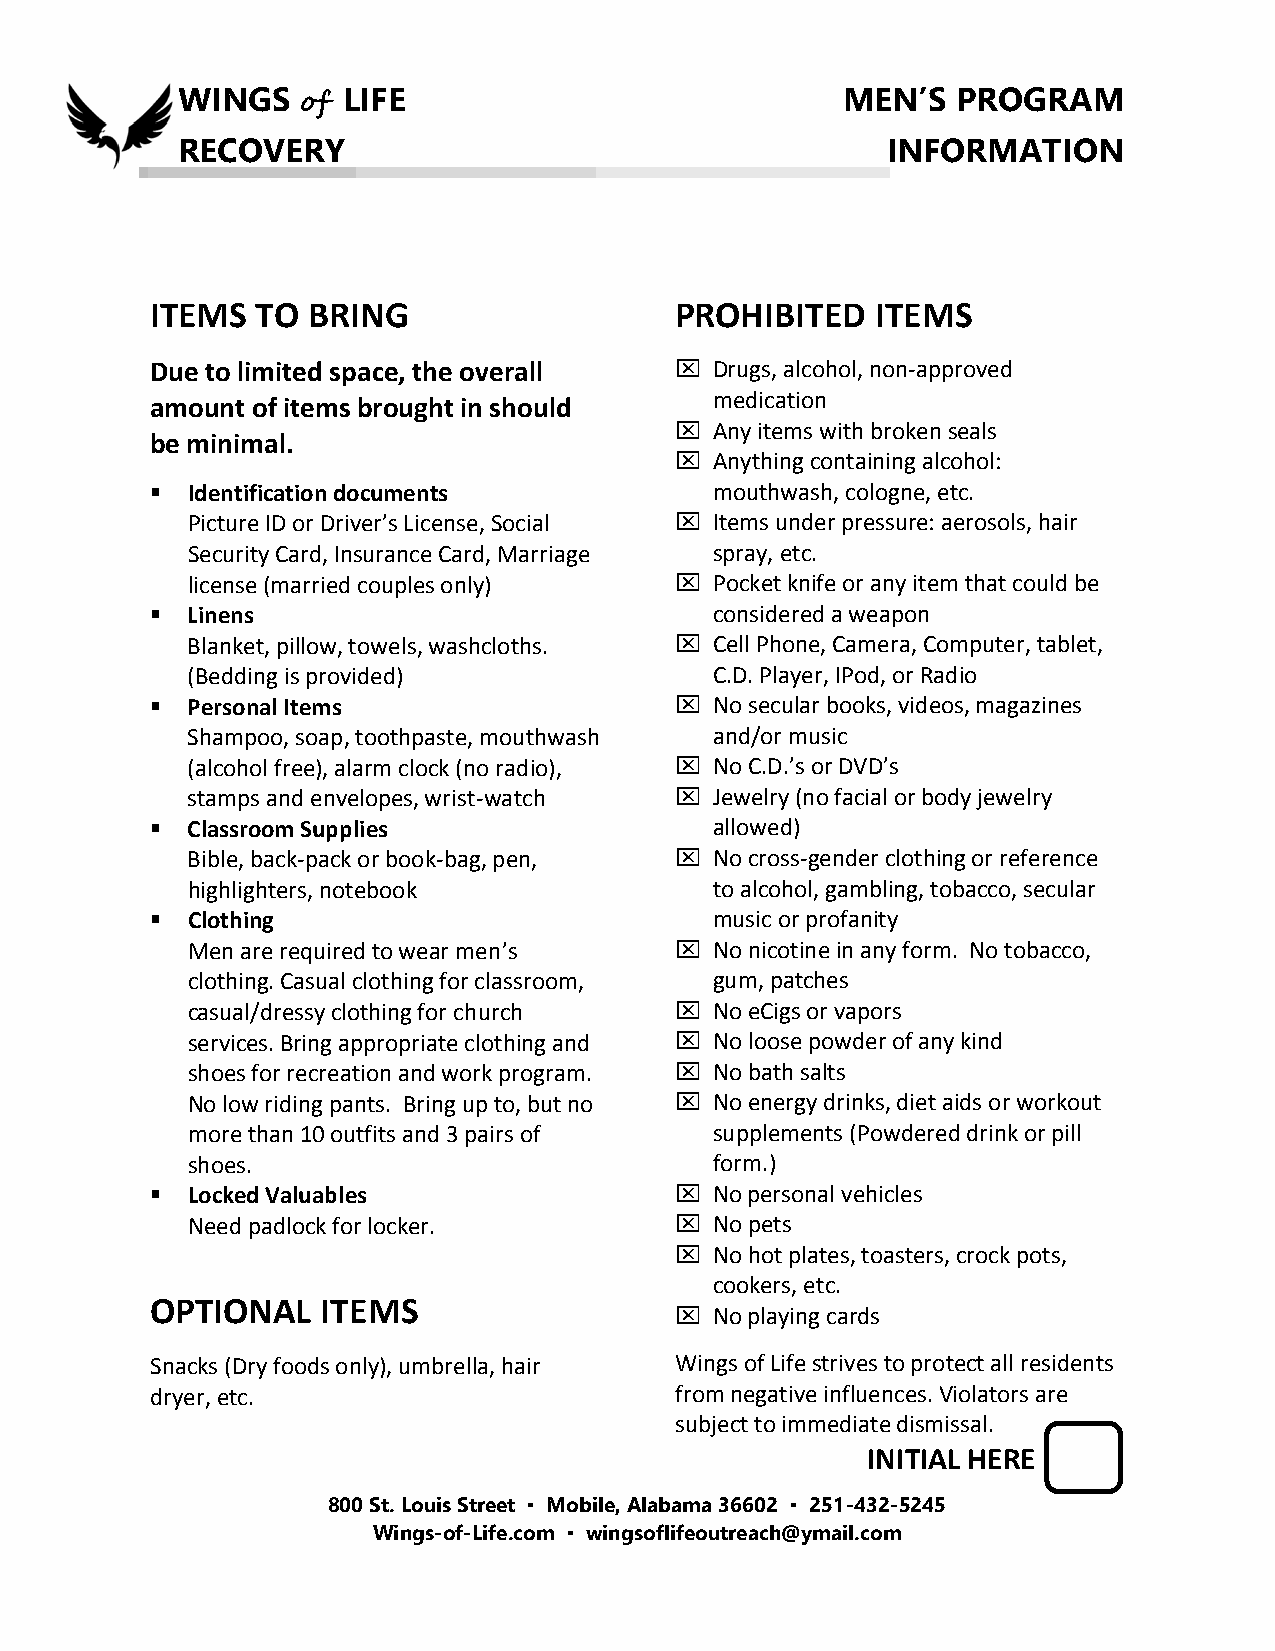
WINGS   of LIFE                             MEN’S  PROGRAM
 RECOVERY                                       INFORMATION
 ITEMS  TO BRING                    PROHIBITED   ITEMS
 Due to limited space, the overall   Drugs, alcohol, non-approved
 medication
 amount of items brought in should
  Any items with broken seals
 be minimal.
  Anything containing alcohol:
  Identification documents           mouthwash, cologne, etc.
 Picture ID or Driver’s License, Social  Items under pressure: aerosols, hair
 Security Card, Insurance Card, Marriage spray, etc.
 license (married couples only)    Pocket knife or any item that could be
  Linens                             considered a weapon
 Blanket, pillow, towels, washcloths.  Cell Phone, Camera, Computer, tablet,
 (Bedding is provided)              C.D. Player, IPod, or Radio
  Personal Items                    No secular books, videos, magazines
 Shampoo, soap, toothpaste, mouthwash and/or music
 (alcohol free), alarm clock (no radio),  No C.D.’s or DVD’s
 stamps and envelopes, wrist-watch  Jewelry (no facial or body jewelry
  Classroom Supplies                 allowed)
 Bible, back-pack or book-bag, pen,  No cross-gender clothing or reference
 highlighters, notebook             to alcohol, gambling, tobacco, secular
  Clothing                           music or profanity
 Men are required to wear men’s    No nicotine in any form. No tobacco,
 clothing. Casual clothing for classroom, gum, patches
 casual/dressy clothing for church  No eCigs or vapors
 services. Bring appropriate clothing and  No loose powder of any kind
 shoes for recreation and work program.  No bath salts
 No low riding pants. Bring up to, but no  No energy drinks, diet aids or workout
 more than 10 outfits and 3 pairs of supplements (Powdered drink or pill
 shoes.                             form.)
  Locked Valuables                  No personal vehicles
 Need padlock for locker.          No pets
  No hot plates, toasters, crock pots,
 cookers, etc.
 OPTIONAL   ITEMS
  No playing cards
 Snacks (Dry foods only), umbrella, hair Wings of Life strives to protect all residents
 dryer, etc.                        from negative influences. Violators are
 subject to immediate dismissal.
 INITIAL HERE
 800 St. Louis Street ▪ Mobile, Alabama 36602 ▪ 251-432-5245
 Wings-of-Life.com ▪ wingsoflifeoutreach@ymail.com